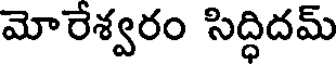
మోరేశ్వరం సిద్ధిదమ్